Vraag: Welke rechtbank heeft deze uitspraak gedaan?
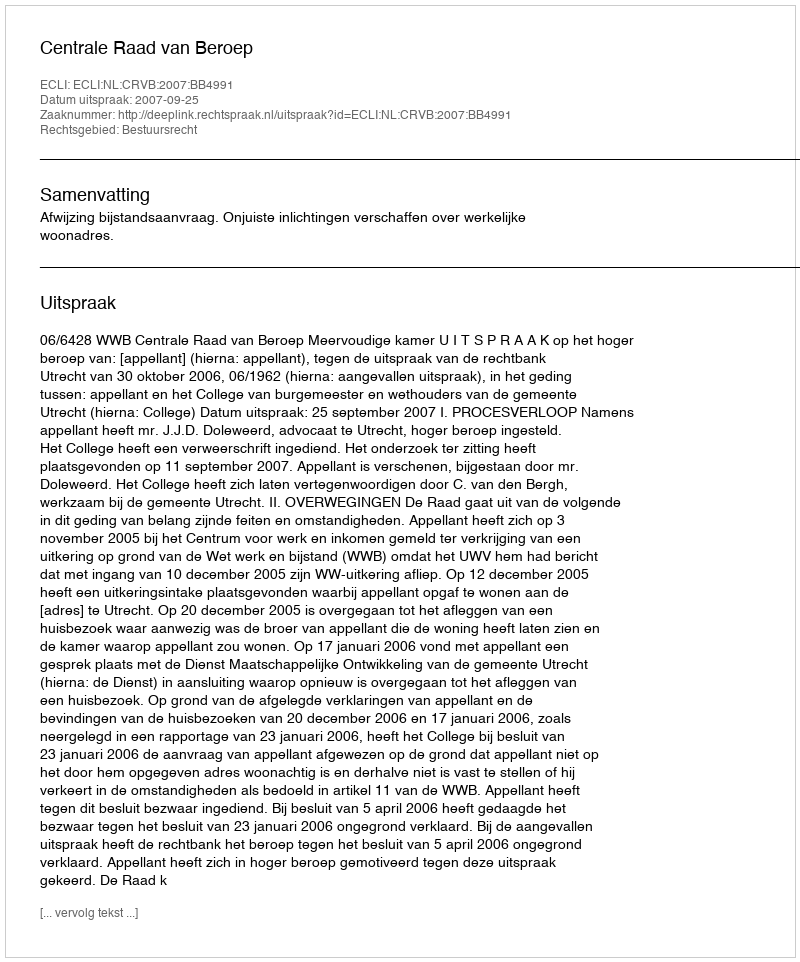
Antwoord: Centrale Raad van Beroep